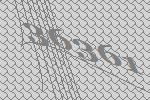
36361